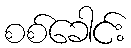
စစ်ခေါင်း